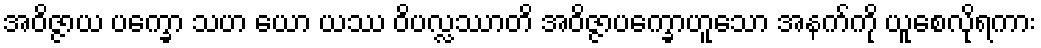
အဝိဇ္ဇာယ ပက္ခော သဟ ယော ယဿ ဝိပလ္လဿာတိ အဝိဇ္ဇာပက္ခောဟူသော အနက်ကို ယူစေလိုရကား